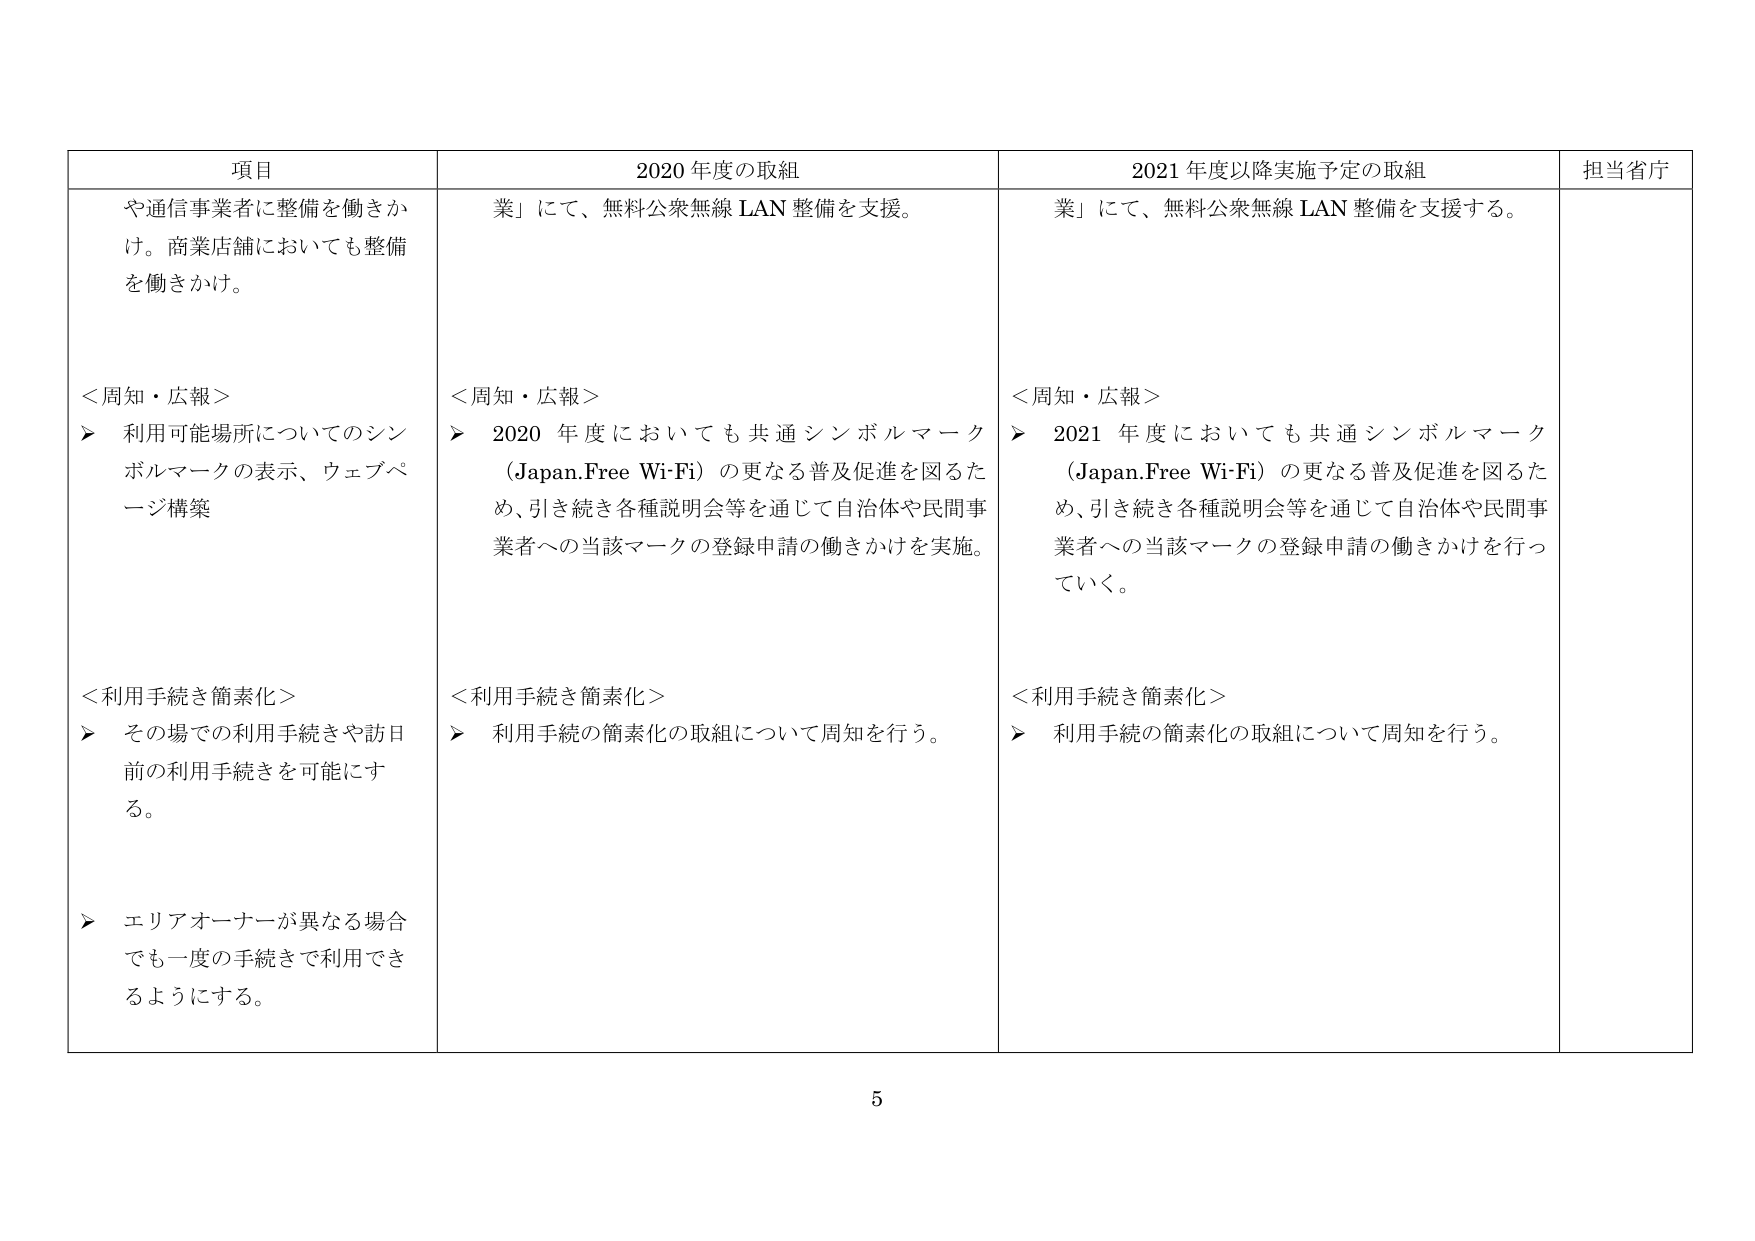
項目
や通信事業者に整備を働きかけ。商業店舗においても整備を働きかけ。
＜周知・広報＞
▶ 利用可能場所についてのシンボルマークの表示、ウェブページ構築
＜利用手続き簡素化＞
▶ その場での利用手続きや訪日前の利用手続きを可能にする。
▶ エリアオーナーが異なる場合でも一度の手続きで利用できるようにする。

2020年度の取組
業」にて、無料公衆無線LAN整備を支援。
＜周知・広報＞
▶ 2020年度においても共通シンボルマーク（Japan.Free Wi-Fi）の更なる普及促進を図るため、引き続き各種説明会等を通じて自治体や民間事業者への当該マークの登録申請の働きかけを実施。
＜利用手続き簡素化＞
▶ 利用手続の簡素化の取組について周知を行う。

2021年度以降実施予定の取組
業」にて、無料公衆無線LAN整備を支援する。
＜周知・広報＞
▶ 2021年度においても共通シンボルマーク（Japan.Free Wi-Fi）の更なる普及促進を図るため、引き続き各種説明会等を通じて自治体や民間事業者への当該マークの登録申請の働きかけを行っていく。
＜利用手続き簡素化＞
▶ 利用手続の簡素化の取組について周知を行う。

担当省庁

5